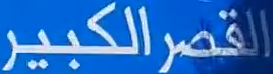
القصر الكبير